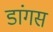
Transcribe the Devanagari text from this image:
डांगस